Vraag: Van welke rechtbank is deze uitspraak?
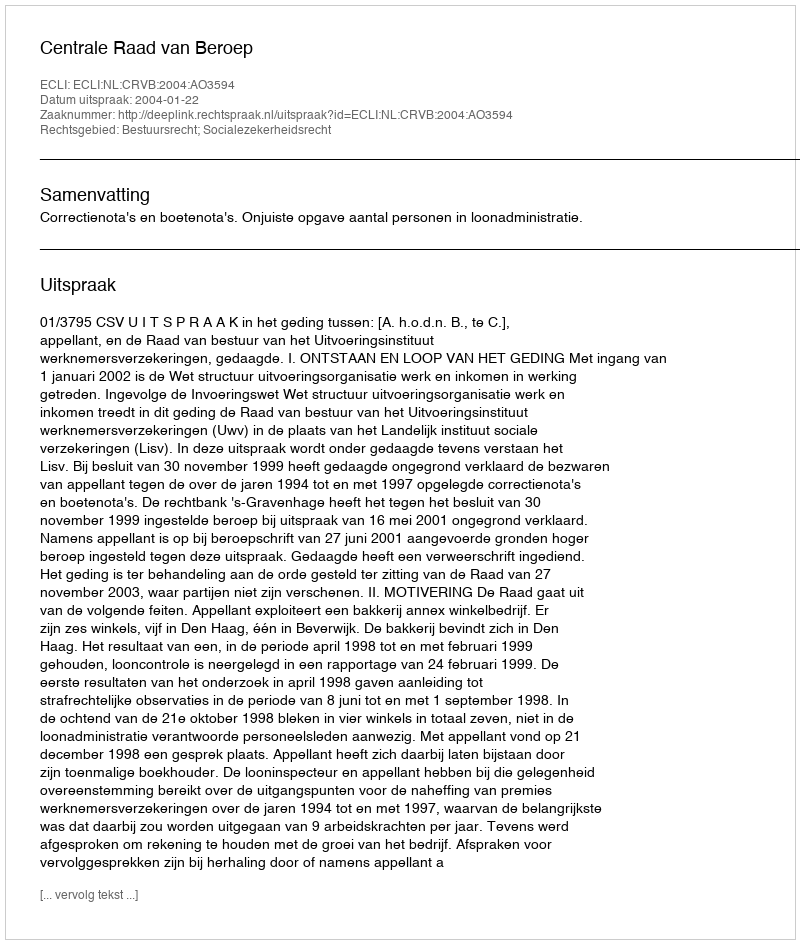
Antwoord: Centrale Raad van Beroep